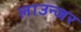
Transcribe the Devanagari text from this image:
लाउन्जर